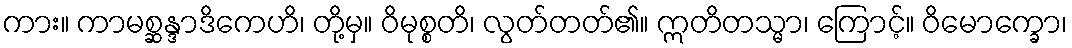
ကား။ ကာမစ္ဆန္ဒာဒိကေဟိ၊ တို့မှ။ ဝိမုစ္စတိ၊ လွတ်တတ်၏။ ဣတိတသ္မာ၊ ကြောင့်။ ဝိမောက္ခော၊